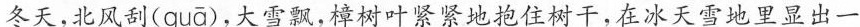
冬天，北风刮( guā )，大雪飘，樟树叶紧紧地抱住树干，在冰天雪地里显出一